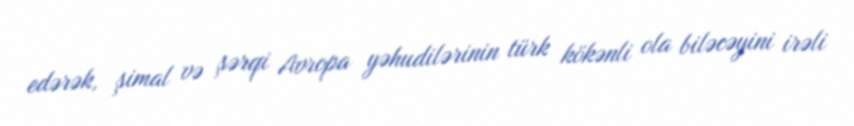
edərək, şimal və şərqi Avropa yəhudilərinin türk kökənli ola biləcəyini irəli